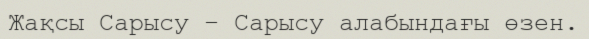
Жақсы Сарысу – Сарысу алабындағы өзен.